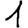
Digit: 1